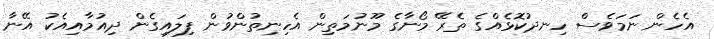
އެހެން ނަމަވެސް ހިނދުކޮޅެއްގެ ތެރޭ މޯނާގެ މޫނުމަތިން އެހިނިތުންވުން ފިލައިގެން ދިއުމާއިއެކު އޭނާ